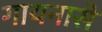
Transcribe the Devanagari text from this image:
गायनासे